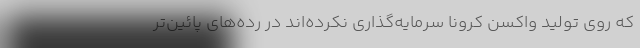
که روی تولید واکسن کرونا سرمایه‌گذاری نکرده‌اند در رده‌های پائین‌تر